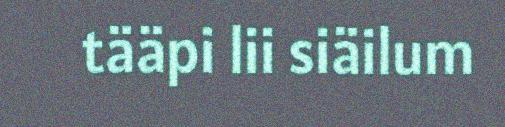
tääpi lii siäilum